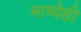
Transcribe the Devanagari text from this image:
भाष्येही